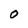
Character: O